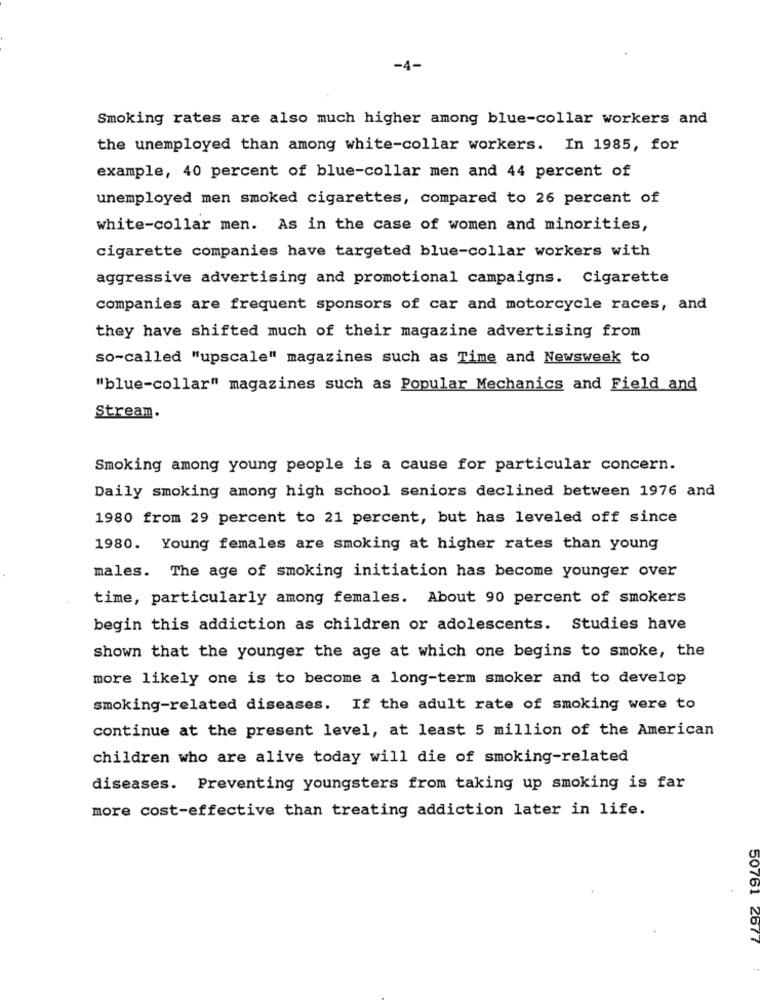
-4-
Smoking rates are also much higher among blue-collar workers and
the unemployed than among white-collar workers. In 1985, for
example, 40 percent of blue-collar men and 44 percent of
unemployed men smoked cigarettes, compared to 26 percent of
white-collar men. As in the case of women and minorities,
cigarette companies have targeted blue-collar workers with
aggressive advertising and promotional campaigns. Cigarette
companies are frequent sponsors of car and motorcycle races, and
they have shifted much of their magazine advertising from
so-called "upscale" magazines such as Time and Newsweek to
"blue-collar" magazines such as Popular Mechanics and Field and
Stream.
Smoking among young people is a cause for particular concern.
Daily smoking among high school seniors declined between 1976 and
1980 from 29 percent to 21 percent, but has leveled off since
1980. Young females are smoking at higher rates than young
males. The age of smoking initiation has become younger over
time, particularly among females. About 90 percent of smokers
begin this addiction as children or adolescents. Studies have
shown that the younger the age at which one begins to smoke, the
more likely one is to become a long-term smoker and to develop
smoking-related diseases. If the adult rate of smoking were to
continue at the present level, at least 5 million of the American
children who are alive today will die of smoking-related
diseases. Preventing youngsters from taking up smoking is far
more cost-effective than treating addiction later in life.
50761 2677